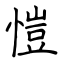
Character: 愷